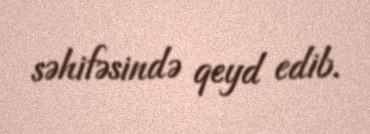
səhifəsində qeyd edib.